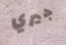
جيري